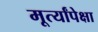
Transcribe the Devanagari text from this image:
मूर्त्यांपेक्षा